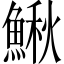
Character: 鰍